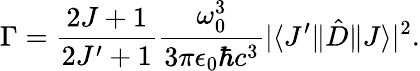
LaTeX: \Gamma=\frac{2J+1}{2J^{\prime}+1}\frac{\omega_{0}^{3}}{3\pi\epsilon_{0}\hbar c^{3}}|\langle J^{\prime}\| \hat{D}\| J\rangle|^{2}.